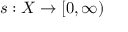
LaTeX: s : X \to [ 0 , \infty )